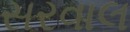
સરવાલ